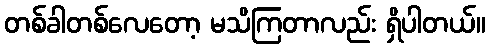
တစ်ခါတစ်လေတော့ မသိကြတာလည်း ရှိပါတယ်။